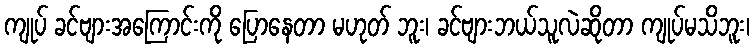
ကျုပ် ခင်ဗျားအကြောင်းကို ပြောနေတာ မဟုတ် ဘူး၊ ခင်ဗျားဘယ်သူလဲဆိုတာ ကျုပ်မသိဘူး၊